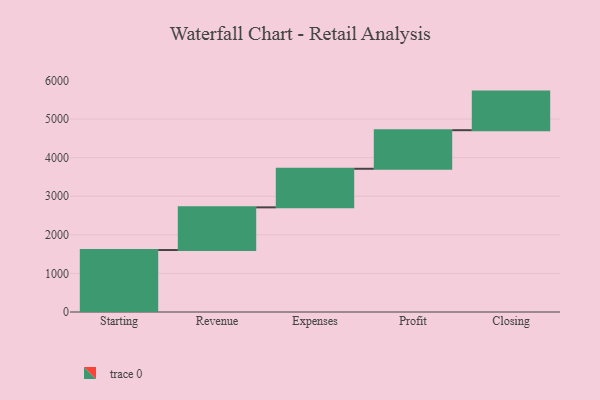
{"axis": {"x": "Step", "y": "Value"}, "legend": [""], "data": [{"x": "Starting", "y": 1606.0, "type": ""}, {"x": "Revenue", "y": 1106.0, "type": ""}, {"x": "Expenses", "y": 1000, "type": ""}, {"x": "Profit", "y": 1000, "type": ""}, {"x": "Closing", "y": 1000, "type": ""}]}